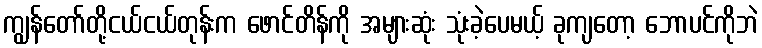
ကျွန်တော်တို့ငယ်ငယ်တုန်းက ဖောင်တိန်ကို အများဆုံး သုံးခဲ့ပေမယ့် ခုကျတော့ ဘောပင်ကိုဘဲ